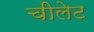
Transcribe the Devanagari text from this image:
चीलेट